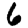
Digit: 6